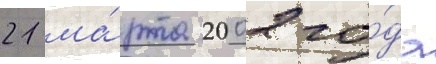
21 ма́рта 2002 го́да